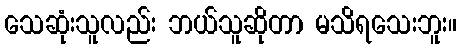
သေဆုံးသူလည်း ဘယ်သူဆိုတာ မသိရသေးဘူး။